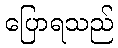
ပြောရသည်